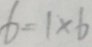
6 = 1 \times 6